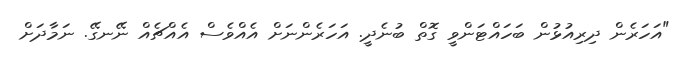
"އަހަރެން ދިރިއުޅުން ބަހައްޓަންވީ ގޮތް ބުނެދީ. އަހަރެންނަށް އެއްވެސް އެއްޗެއް ނޭނގޭ. ނަމާދަށް